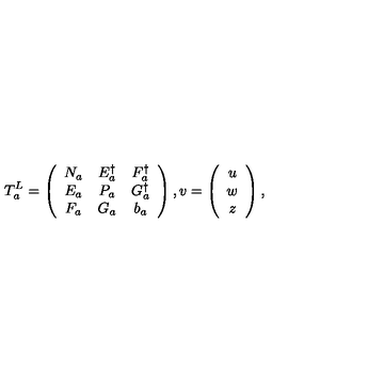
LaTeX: T _ { a } ^ { L } = \left( \begin{array} { c c c } { N _ { a } } & { E _ { a } ^ { \dagger } } & { F _ { a } ^ { \dagger } } \\ { E _ { a } } & { P _ { a } } & { G _ { a } ^ { \dagger } } \\ { F _ { a } } & { G _ { a } } & { b _ { a } } \\ \end{array} \right) , v = \left( \begin{array} { c } { u } \\ { w } \\ { z } \\ \end{array} \right) ,